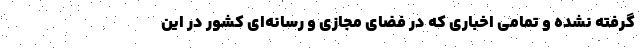
گرفته نشده و تمامی اخباری که در فضای مجازی و رسانه‌ای کشور در این